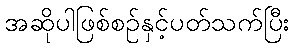
အဆိုပါဖြစ်စဉ်နှင့်ပတ်သက်ပြီး